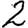
Digit: 2